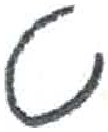
אות: ט